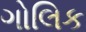
ગોલિક